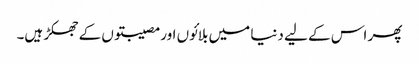
پھر اس کے لیے دنیا میں بلائوں اور مصیبتوں کے جھکڑ ہیں۔